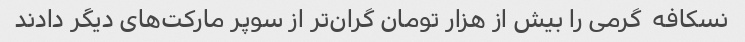
نسکافه  گرمی را بیش از هزار تومان گران‌تر از سوپر مارکت‌های دیگر دادند